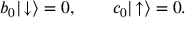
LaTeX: b _ { 0 } | \! \downarrow \rangle = 0 , \qquad c _ { 0 } | \! \uparrow \rangle = 0 .